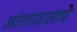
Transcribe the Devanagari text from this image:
आंतरजालाचे